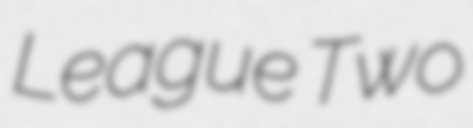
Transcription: League Two